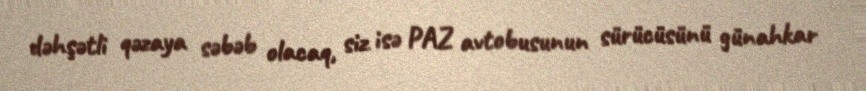
dəhşətli qəzaya səbəb olacaq, siz isə PAZ avtobusunun sürücüsünü günahkar